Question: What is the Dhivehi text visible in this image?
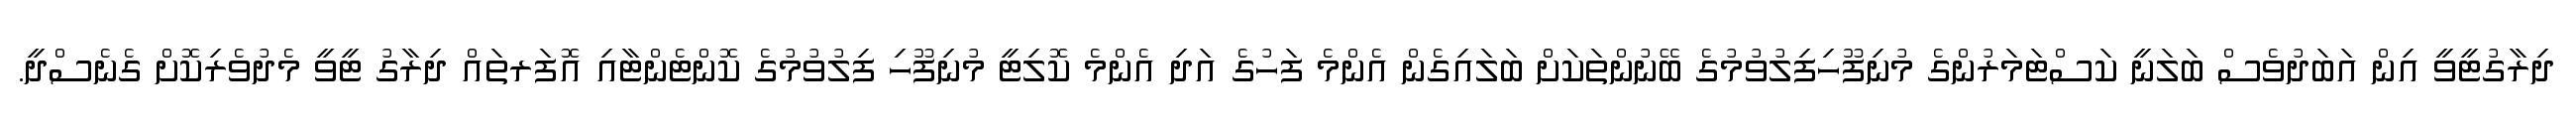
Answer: ދިރާގުޓީވީ އިން އަބަދުވެސް ބަލަނީ ކަސްޓަމަރުންގެ މުނިފޫހިފިލުވުމުގެ ބޭނުންތަކަށް ބަލައިގެން އެންމެ ފަހުގެ އަދި އެންމެ ކޮލިޓީ މުނިފޫހި ފިލުވުމުގެ ކޮންޓެންޓާއި އޮފަރތައް ދިރާގު ޓީވީ މެދުވެރިކޮށް ގެނެސްދީ.